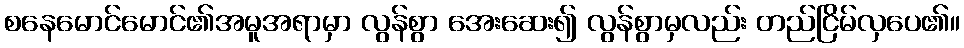
စနေမောင်မောင်၏အမူအရာမှာ လွန်စွာ အေးဆေး၍ လွန်စွာမှလည်း တည်ငြိမ်လှပေ၏။